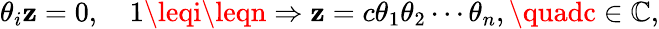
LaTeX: \theta_{i}\mathbf{z}=0,\quad1\leqi\leqn\Rightarrow\mathbf{z}=c\theta_{1}\theta_{2}\cdots\theta_{n},\quadc\in\mathbb{{C}},